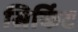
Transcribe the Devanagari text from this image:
सिर्किट